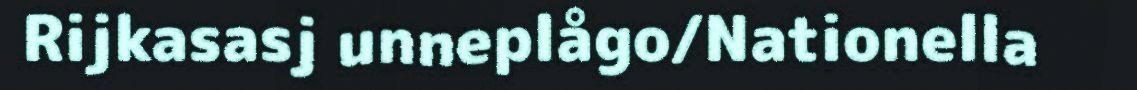
Rijkasasj unneplågo/Nationella